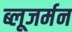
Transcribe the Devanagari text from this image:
ब्लूजर्मन